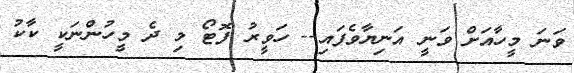
ވަނަ މީހާއަށް ވަނީ އަނިޔާވެފައި-- ހަވީރު ފޮޓޯ މި ދެ މީހުންނަކީ ކާކު